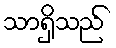
သာရှိသည်